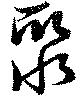
聚